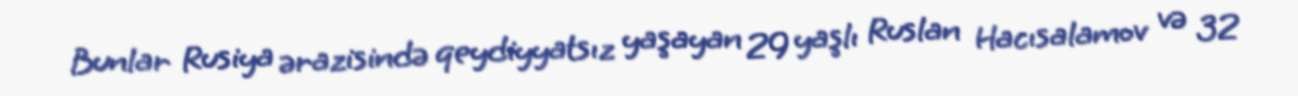
Bunlar Rusiya ərazisində qeydiyyatsız yaşayan 29 yaşlı Ruslan Hacısalamov və 32